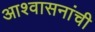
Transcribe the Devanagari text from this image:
आश्वासनांची